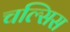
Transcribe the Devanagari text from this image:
चल्सिस